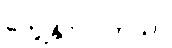
တွေ့နိုင် ပါတယ်။